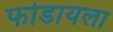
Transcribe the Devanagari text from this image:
फोडायला